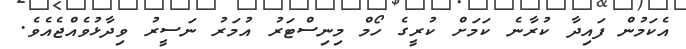
އެކަމުން ފައިދާ ކުރާނެ ކަމަށް ކުރީގެ ހޯމް މިނިސްޓަރު އުމަރު ނަސީރު ވިދާޅުވެއްޖެއެވެ.